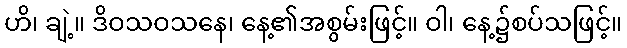
ဟိ၊ ချဲ့။ ဒိဝသဝသနေ၊ နေ့၏အစွမ်းဖြင့်။ ဝါ၊ နေ့၌စပ်သဖြင့်။